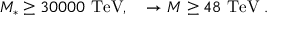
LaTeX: M _ { * } \geq 3 0 0 0 0 \mathrm { \ T e V } , \quad \rightarrow M \geq 4 8 \mathrm { \ T e V } \; .